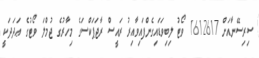
ސިރިސޭނާއަށް 1612617 ވޯޓު ލިބިވަޑައިގެންފައިވާއިރު ރައީސް ރާޖަޕަކްސަގެ މިހާރުގެ ޖުމްލަ ވޯޓުގެ ޢަދަދަކީ